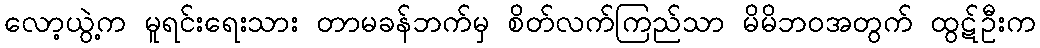
လော့ယွဲ့က မူရင်းရေးသား တာမခန်ဘက်မှ စိတ်လက်ကြည်သာ မိမိဘဝအတွက် ထွဋ်ဦးက